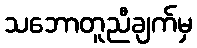
သဘောတူညီချက်မှ